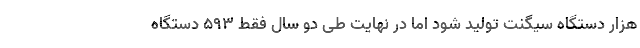
هزار دستگاه سیگنت تولید شود اما در نهایت طی دو سال فقط 593 دستگاه